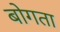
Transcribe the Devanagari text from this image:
बोगता